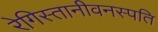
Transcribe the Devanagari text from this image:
रेगिस्तानीवनस्‍पति